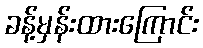
ခန့်မှန်းထားကြောင်း